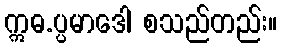
ဣဓ.ပ္ပမာဒေါ စသည်တည်း။